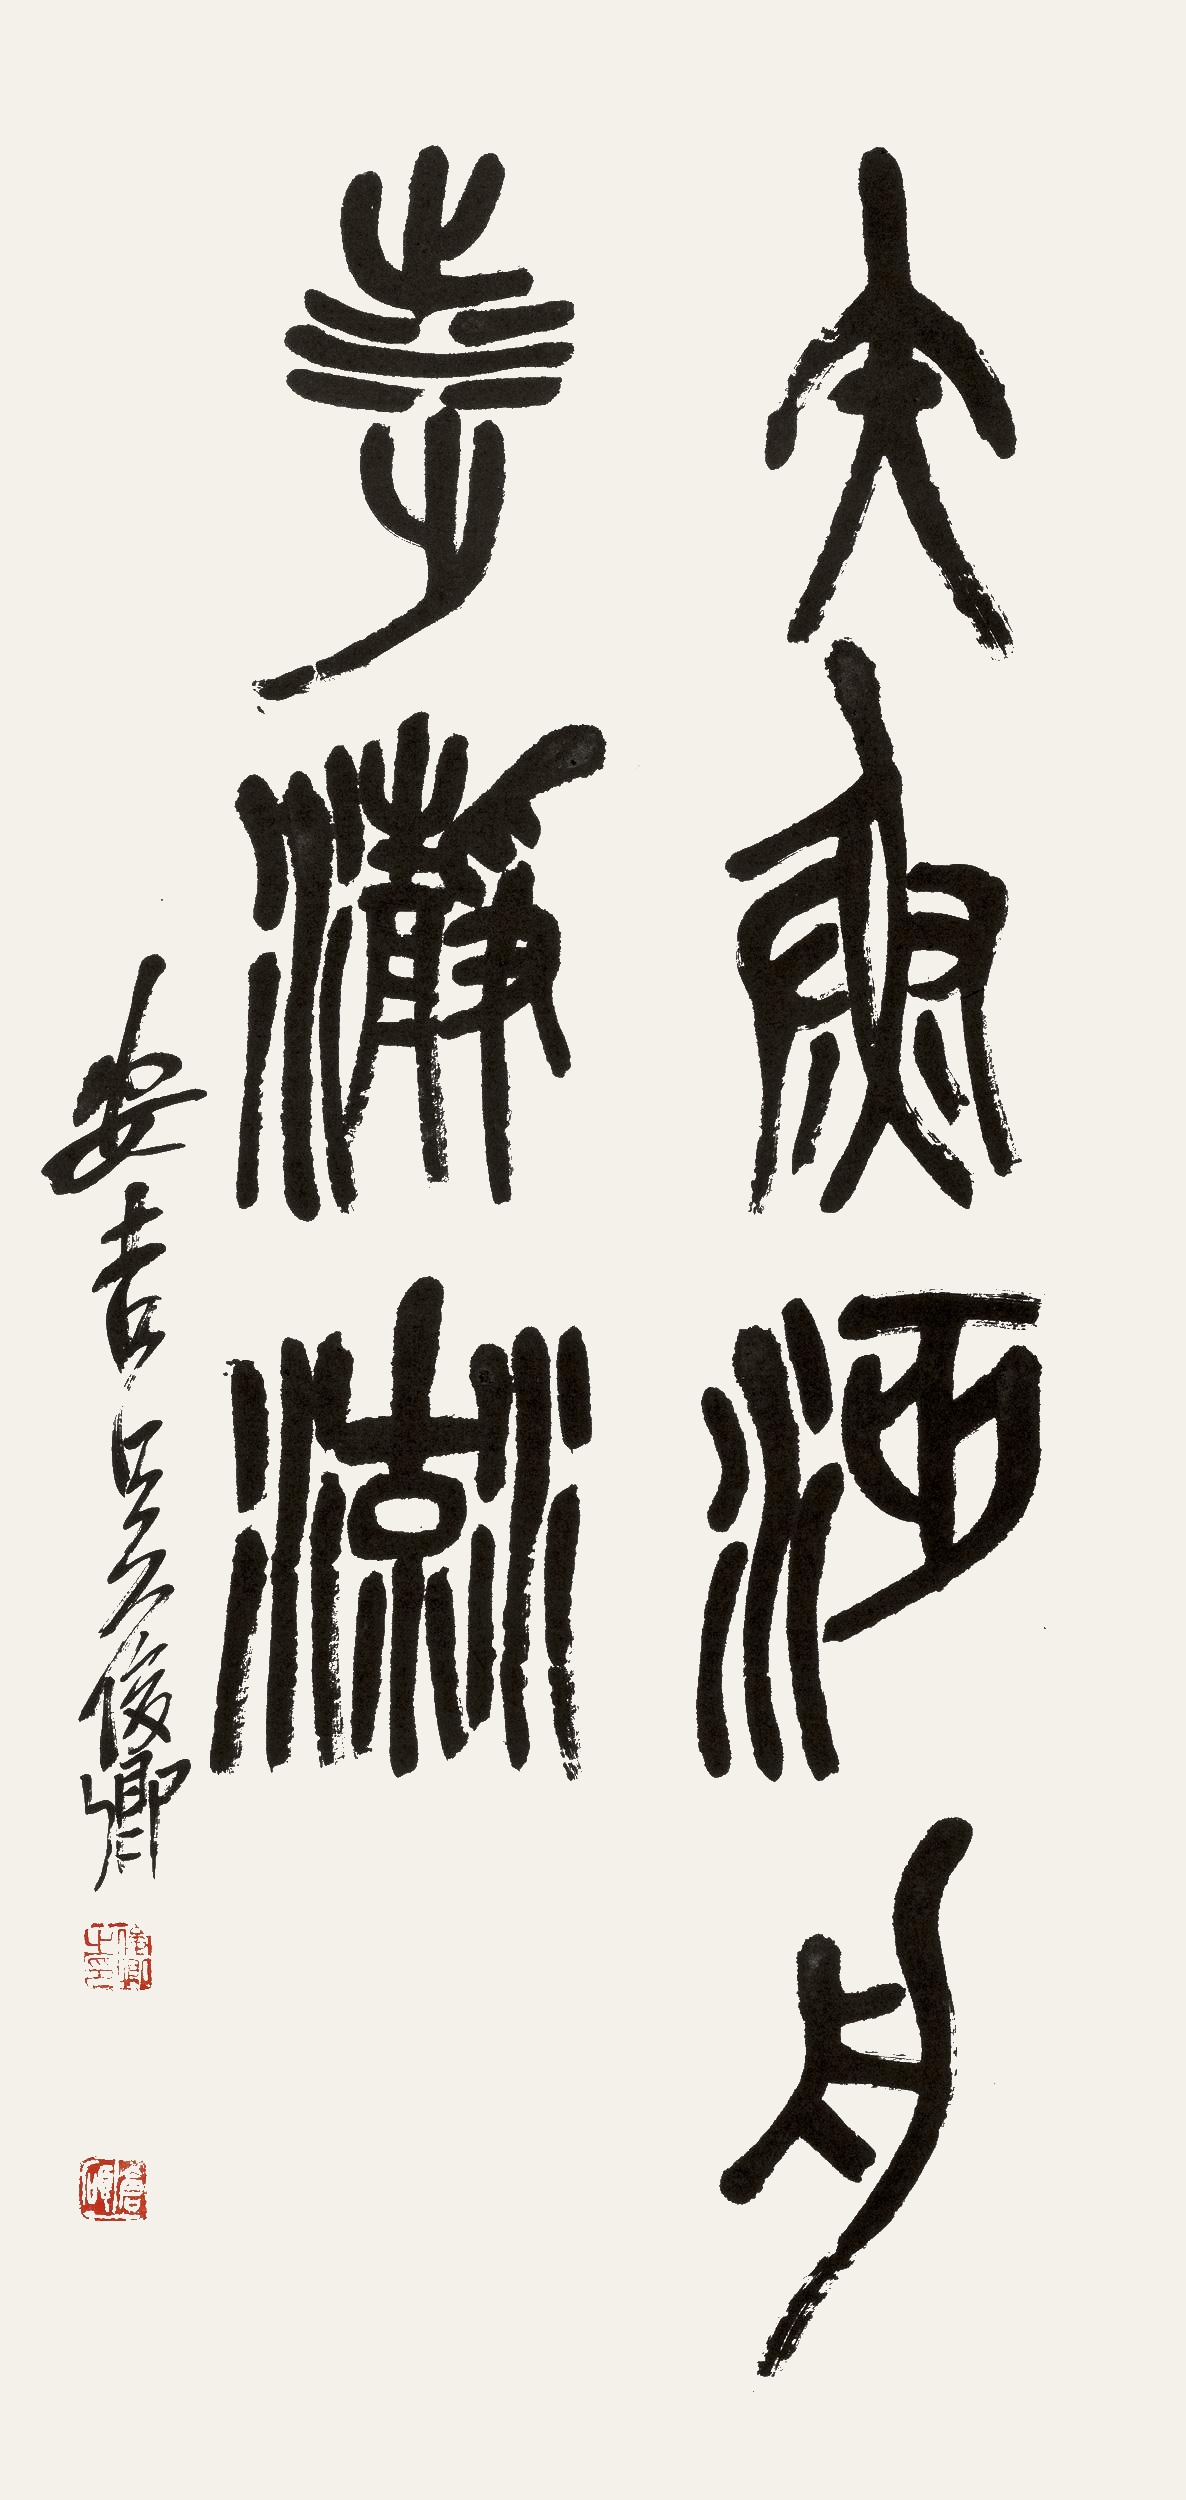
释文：矢鱼沔舟涉瀞流。安吉吴俊卿。